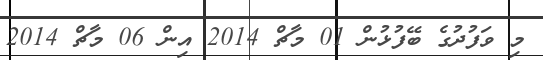
މި ވަފުދުގެ ބޭފުޅުން 01 މާޗް 2014 އިން 06 މާޗް 2014